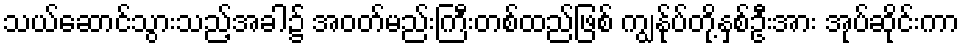
သယ်ဆောင်သွားသည့်အခါ၌ အဝတ်မည်းကြီးတစ်ထည်ဖြစ် ကျွန်ုပ်တို့နှစ်ဦးအား အုပ်ဆိုင်းကာ